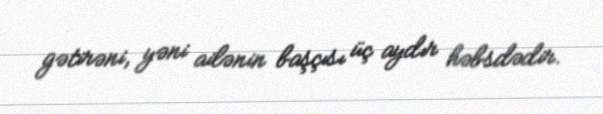
gətirəni, yəni ailənin başçısı üç aydır həbsdədir.